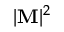
| \mathbf { M } | ^ { 2 }